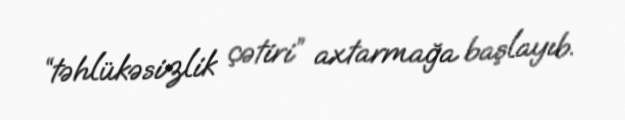
“təhlükəsizlik çətiri” axtarmağa başlayıb.